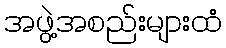
အဖွဲ့အစည်းများထံ